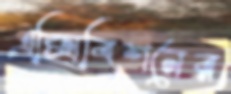
এক্সিবিশনের